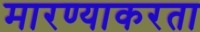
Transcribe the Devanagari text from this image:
मारण्याकरता